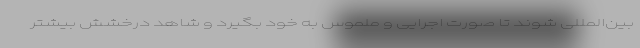
بین‌المللی شوند تا صورت اجرایی و ملموس به خود بگیرد و شاهد درخشش بیشتر